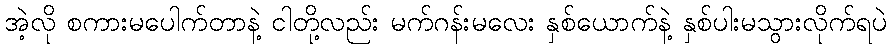
အဲ့လို စကားမပေါက်တာနဲ့ ငါတို့လည်း မက်ဂန်းမလေး နှစ်ယောက်နဲ့ နှစ်ပါးမသွားလိုက်ရပဲ